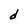
Character: d